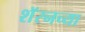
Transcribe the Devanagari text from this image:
शॅरनच्या